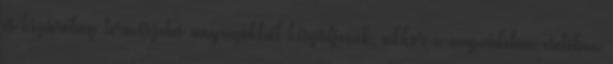
és kizárólag természetes anyagokból készüljenek, akkor a napvédelem esetében